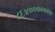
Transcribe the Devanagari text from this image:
८६४०००००००